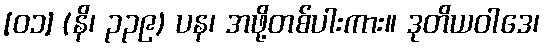
[၀၁] (နိ၊ ၃၃၉) ပန၊ အဖို့တစ်ပါးကား။ ဒုတိယဝါဒေ၊